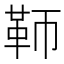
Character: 𩉰